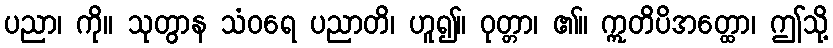
ပညာ၊ ကို။ သုတွာန သံဝရေ ပညာတိ၊ ဟူ၍။ ဝုတ္တာ၊ ၏။ ဣတိပိအတ္ထော၊ ဤသို့